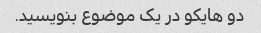
دو هایکو در یک موضوع بنویسید.